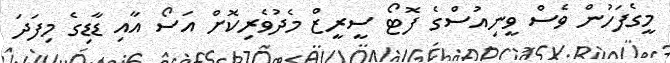
މީގެފަހުން ވެސް ވީނިއުސްގެ ފޮޓޯ ސީރީޒް މެދުވެރިކޮށް އަސޯ އާއި ޑާޑިގެ މިފަދަ